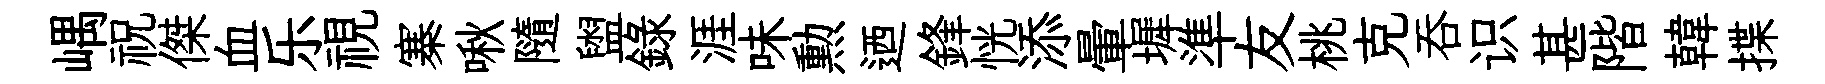
嵎祝傑血乐視寨啾隨盥録涯味勲迺鋒恍添暈墀準友桃克吞识甚階韓揲